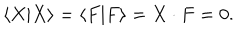
\langle X | X \rangle = \langle F | F \rangle = X \cdot F = 0 .